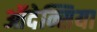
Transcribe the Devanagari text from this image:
ऑदेन्सिया